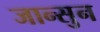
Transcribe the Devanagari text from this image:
जान्सुन